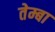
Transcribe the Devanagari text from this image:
तेम्बा